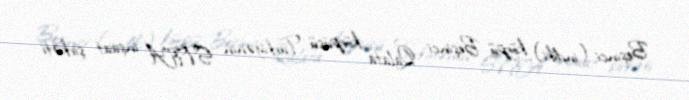
Beşinci (indiki) körpü Beşinci Qalata körpüsü Türkiyənin STFA inşaat şirkəti